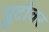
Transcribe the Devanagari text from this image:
प्लूटोवर